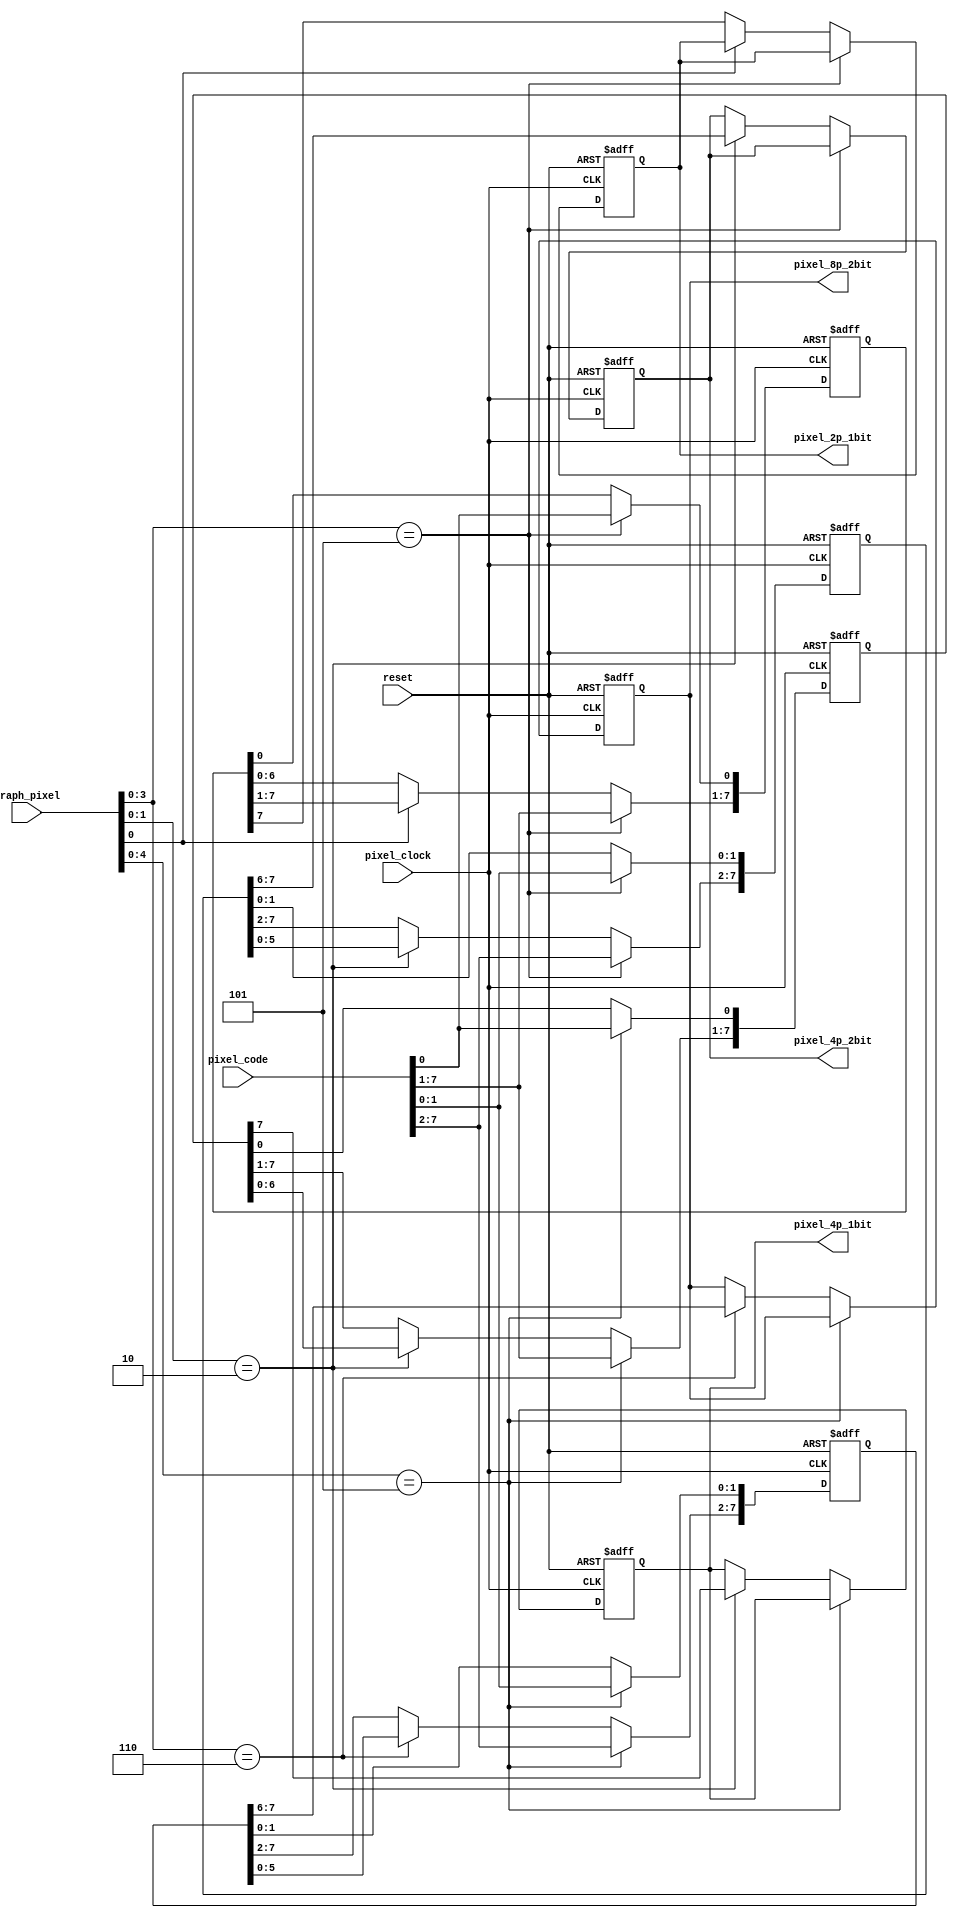
module PIXEL_GEN(
	// control
	reset,

	pixel_code,
	graph_pixel,

	pixel_clock,

	pixel_8p_2bit,	//	64x64x4
	pixel_4p_2bit,	//	128x64x4 128x96x4 128x192x4
	pixel_4p_1bit,	//	128x64x2 128x96x2 128x192x2
	pixel_2p_1bit	//	256x192x2
);


input				reset;

input	[7:0]		pixel_code;
input	[8:0]		graph_pixel;		// pixel number on the current line

input				pixel_clock;

output	reg	[1:0]	pixel_8p_2bit;
output	reg	[1:0]	pixel_4p_2bit;
output	reg			pixel_4p_1bit;
output	reg			pixel_2p_1bit;

reg		[7:0]		latched_8p_2bit_data;
reg		[7:0]		latched_4p_2bit_data;
reg		[7:0]		latched_4p_1bit_data;
reg		[7:0]		latched_2p_1bit_data;


// 
// 2  1 
// 4  2 
// 4  1 
// 8  2 


// serialize the GRAPH MODE data
always @ (posedge pixel_clock or posedge reset) begin
	if (reset)
 		begin
			pixel_8p_2bit			<=	2'b00;
			latched_8p_2bit_data	<=	8'h00;
		end
	else begin
		case(graph_pixel[4:0])
			5'b00101:
				latched_8p_2bit_data[7:0]	<=	pixel_code;
			default:
				if(graph_pixel[3:0]==3'b110)
					{pixel_8p_2bit,latched_8p_2bit_data[7:2]}	<=	latched_8p_2bit_data[7:0];
		endcase
		end

	end


//  128x64 4
// 1(001) vram 2(010) vram  3(011) vram  4(100) 5(101)
// 6(110) 7(111)

// serialize the GRAPH MODE data
always @ (posedge pixel_clock or posedge reset) begin
	if (reset)
 		begin
			pixel_4p_2bit			<=	2'b00;
			latched_4p_2bit_data	<=	8'h00;
		end
	else begin
		case(graph_pixel[3:0])
			4'b0101:
				latched_4p_2bit_data[7:0]	<=	pixel_code;
			default:
				if(graph_pixel[1:0]==2'b10)
					{pixel_4p_2bit,latched_4p_2bit_data[7:2]}	<=	latched_4p_2bit_data[7:0];
		endcase
		end

	end


// serialize the GRAPH MODE data
always @ (posedge pixel_clock or posedge reset) begin
	if (reset)
 		begin
			pixel_4p_1bit			<=	2'b00;
			latched_4p_1bit_data	<=	8'h00;
		end
	else begin
		case(graph_pixel[4:0])
			5'b00101:
				latched_4p_1bit_data[7:0]	<=	pixel_code;
			default:
				if(graph_pixel[1:0]==2'b10)
					{pixel_4p_1bit,latched_4p_1bit_data[7:1]}	<=	latched_4p_1bit_data[7:0];
		endcase
		end

	end


//  256x192 2
// 1(001) vram 2(010) vram  3(011) vram  4(100) 5(101)
// 6(110) 7(111)

// serialize the GRAPH MODE data
always @ (posedge pixel_clock or posedge reset) begin
	if (reset)
		begin
			pixel_2p_1bit			<=	1'b0;
			latched_2p_1bit_data	<=	8'h00;
		end
	else begin
		case(graph_pixel[3:0])
			4'b0101:
				latched_2p_1bit_data[7:0]	<=	pixel_code;
			default:
				if(graph_pixel[0]==1'b0)
					{pixel_2p_1bit,latched_2p_1bit_data[7:1]}	<=	latched_2p_1bit_data[7:0];
		endcase
		end

	end

endmodule //PIXEL_GEN